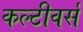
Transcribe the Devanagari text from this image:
कल्टीवर्स